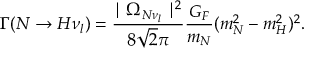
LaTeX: \Gamma ( N \rightarrow H \nu _ { l } ) = \frac { \mid \Omega _ { N \nu _ { l } } \mid ^ { 2 } } { 8 \sqrt { 2 } \pi } \frac { G _ { F } } { m _ { N } } ( m _ { N } ^ { 2 } - m _ { H } ^ { 2 } ) ^ { 2 } .